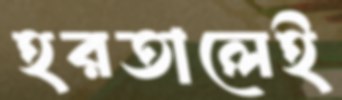
হরতালেই